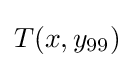
T(x,y_{99})